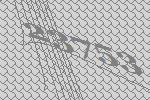
23753